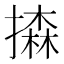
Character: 𢵳